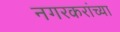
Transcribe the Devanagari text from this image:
नगरकरांच्या